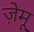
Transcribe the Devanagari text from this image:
ज़ेमू